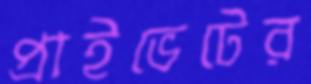
প্রাইভেটের